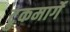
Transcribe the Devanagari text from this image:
ट्रुकमार्गे